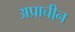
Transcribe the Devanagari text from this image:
अप्राचीन